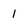
Character: 1